Elephants and their diseases
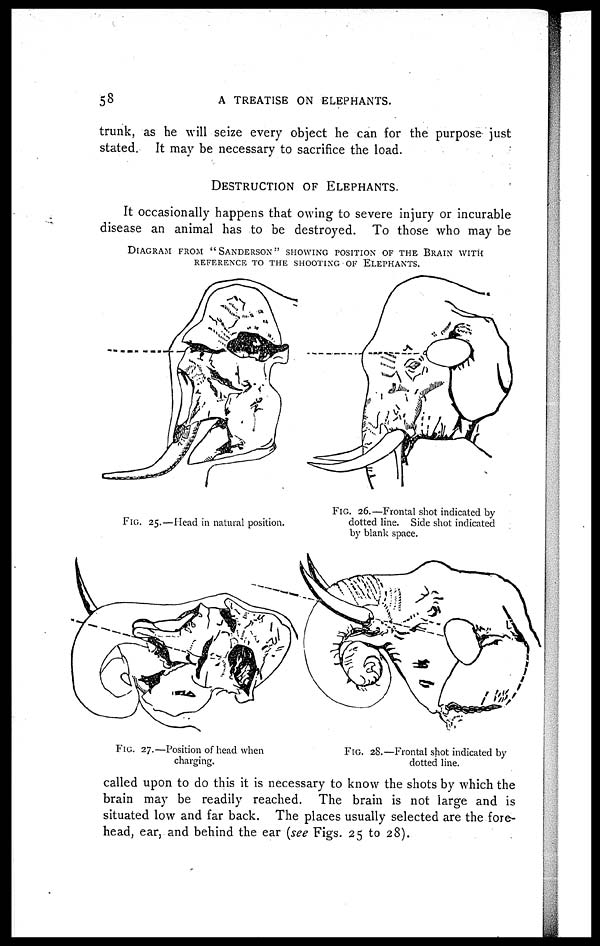
58
A TREATISE ON ELEPHANTS.
trunk, as he will seize every object he can for the purpose just
stated. It may be necessary to sacrifice the load.
DESTRUCTION OF ELEPHANTS.
It occasionally happens that owing to severe injury or incurable
disease an animal has to be destroyed. To those who may be
called upon to do this it is necessary to know the shots by which the
brain may be readily reached. The brain is not large and is
situated low and far back. The places usually selected are the fore-
head, ear, and behind the ear (see Figs. 25 to 28).
DIAGRAM FROM "SANDERSON" SHOWING POSITION OF THE BRAIN WITH
REFERENCE TO THE SHOOOTING OF ELEPHANTS.
FIG. 25.—Head in natural position.
FIG. 26.—Frontal shot indicated by
dotted line. Side shot indicated
by blank space.
FIG. 27.—Position of head when
charging.
FIG. 28.—Frontal shot indicated by
dotted line.